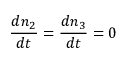
\frac { d n _ { 2 } } { d t } = \frac { d n _ { 3 } } { d t } = 0